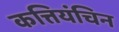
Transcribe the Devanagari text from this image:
कत्तियंचिन